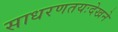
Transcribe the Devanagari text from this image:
साधरणतयःदेखने